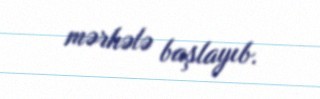
mərhələ başlayıb.